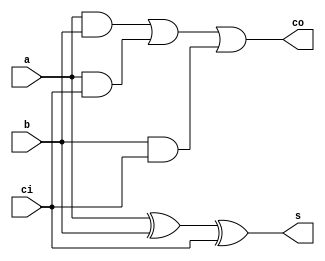
module FullAdder (
    input wire a,
    input wire b,
    input wire ci,
    output reg co,
    output reg s
);
    always @(a, b, ci) begin: assig_process_co
        co = a & b | (a & ci) | (b & ci);
    end

    always @(a, b, ci) begin: assig_process_s
        s = a ^ b ^ ci;
    end

endmodule